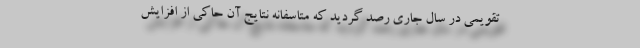
تقویمی در سال جاری رصد گردید که متاسفانه نتایج آن حاکی از افزایش